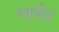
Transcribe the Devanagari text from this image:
सापीर